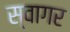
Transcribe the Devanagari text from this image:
स्वागर